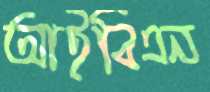
আইবিএন